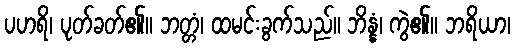
ပဟရိ၊ ပုတ်ခတ်၏။ ဘတ္တံ၊ ထမင်းခွက်သည်။ ဘိန္နံ၊ ကွဲ၏။ ဘရိယာ၊